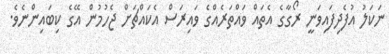
ނަކަލު އުފެދިފައިވަނީ ރޯގާގެ އެތައް ވައްތަރެއްގެ ވައިރަސް އެކައްޗަށް ޖެހުމުން އޭގެ ކިބައިންނެވެ.